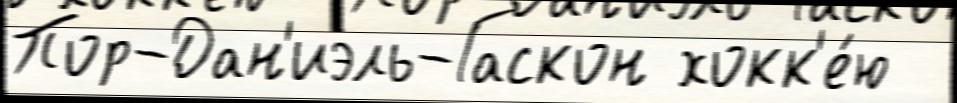
Пор-Дан'иэль-Гаскон хокк'е́ю